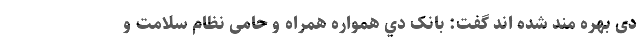
دی بهره مند شده اند گفت: بانک دي همواره همراه و حامی نظام سلامت و